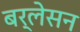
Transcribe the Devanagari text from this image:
बर्लेसन